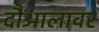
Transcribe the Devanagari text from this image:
दौआलावर